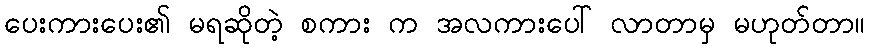
ပေးကားပေး၏ မရဆိုတဲ့ စကား က အလကားပေါ် လာတာမှ မဟုတ်တာ။